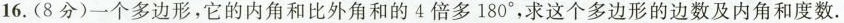
16. ( 8分 )一个多边形，它的内角和比外角和的 4 倍多 180°，求这个多边形的边数及内角和度数。